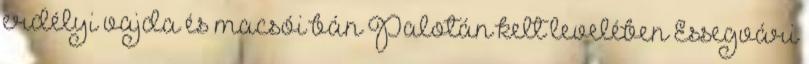
erdélyi vajda és macsói bán Palotán kelt levelében Essegvári